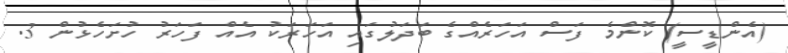
(އެންޑީސީ) ކޮންމެ ފަސް އަހަރެއްގެ ބަދަލުގައި އަހަރަކު އެއް ފަހަރު ހުށަހެޅުން 3.